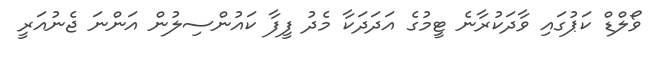
ވޯލްޑް ކަޕުގައި ވާދަކުރާނެ ޓީމުގެ އަދަދަކާ މެދު ފީފާ ކައުންސިލުން އަންނަ ޖެނުއަރީ